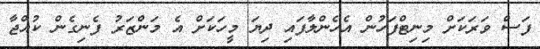
ފަސް ވަރަކަށް މިނިޓްފަހުން އެހެންލާފައި ދިޔަ މީހަކަށް އެ މަންޒަރު ފެނިގެން ކުއްޖާ